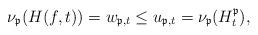
LaTeX: \begin{align*} \nu_{\mathfrak{p}}(H(f,t)) = w_{\mathfrak{p},t}\leq u_{\mathfrak{p},t} = \nu_{\mathfrak{p}}(H_t^{\mathfrak{p}}),\end{align*}